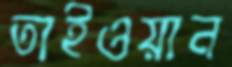
তাইওয়ান